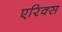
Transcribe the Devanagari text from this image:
एरिक्स